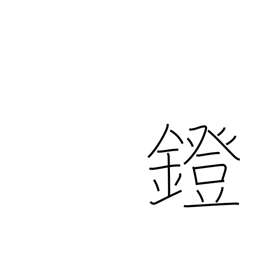
Meaning: stirrup